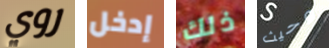
روي إدخل ذلك وحيث